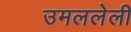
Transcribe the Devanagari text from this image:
उमललेली